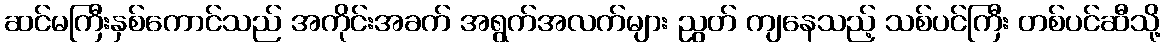
ဆင်မကြီးနှစ်ကောင်သည် အကိုင်းအခက် အရွက်အလက်များ ညွတ် ကျနေသည့် သစ်ပင်ကြီး တစ်ပင်ဆီသို့